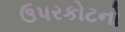
ઉપરકોટનો